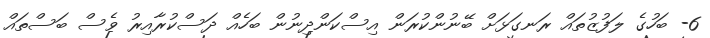
6- ބަހުގެ ލަފުޒުތައް ރަނގަޅަށް ބޭނުންކުރަން އިސްކަންދިނުން ބަހެއް ދަސްކުރާއިރު ވެސް ބަސްތައް